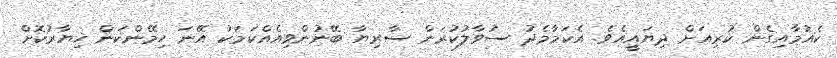
ކެއުމާއިގެން ކުރިއަށް ދިޔައީއެވެ. އެކަމާމެދު ސުވާލުކުރަން ސާރިޔާ ބޭނުންވިއެއްކަމަކު އޭނަ ހިމޭންކަން ޚިޔާރުކޮށް